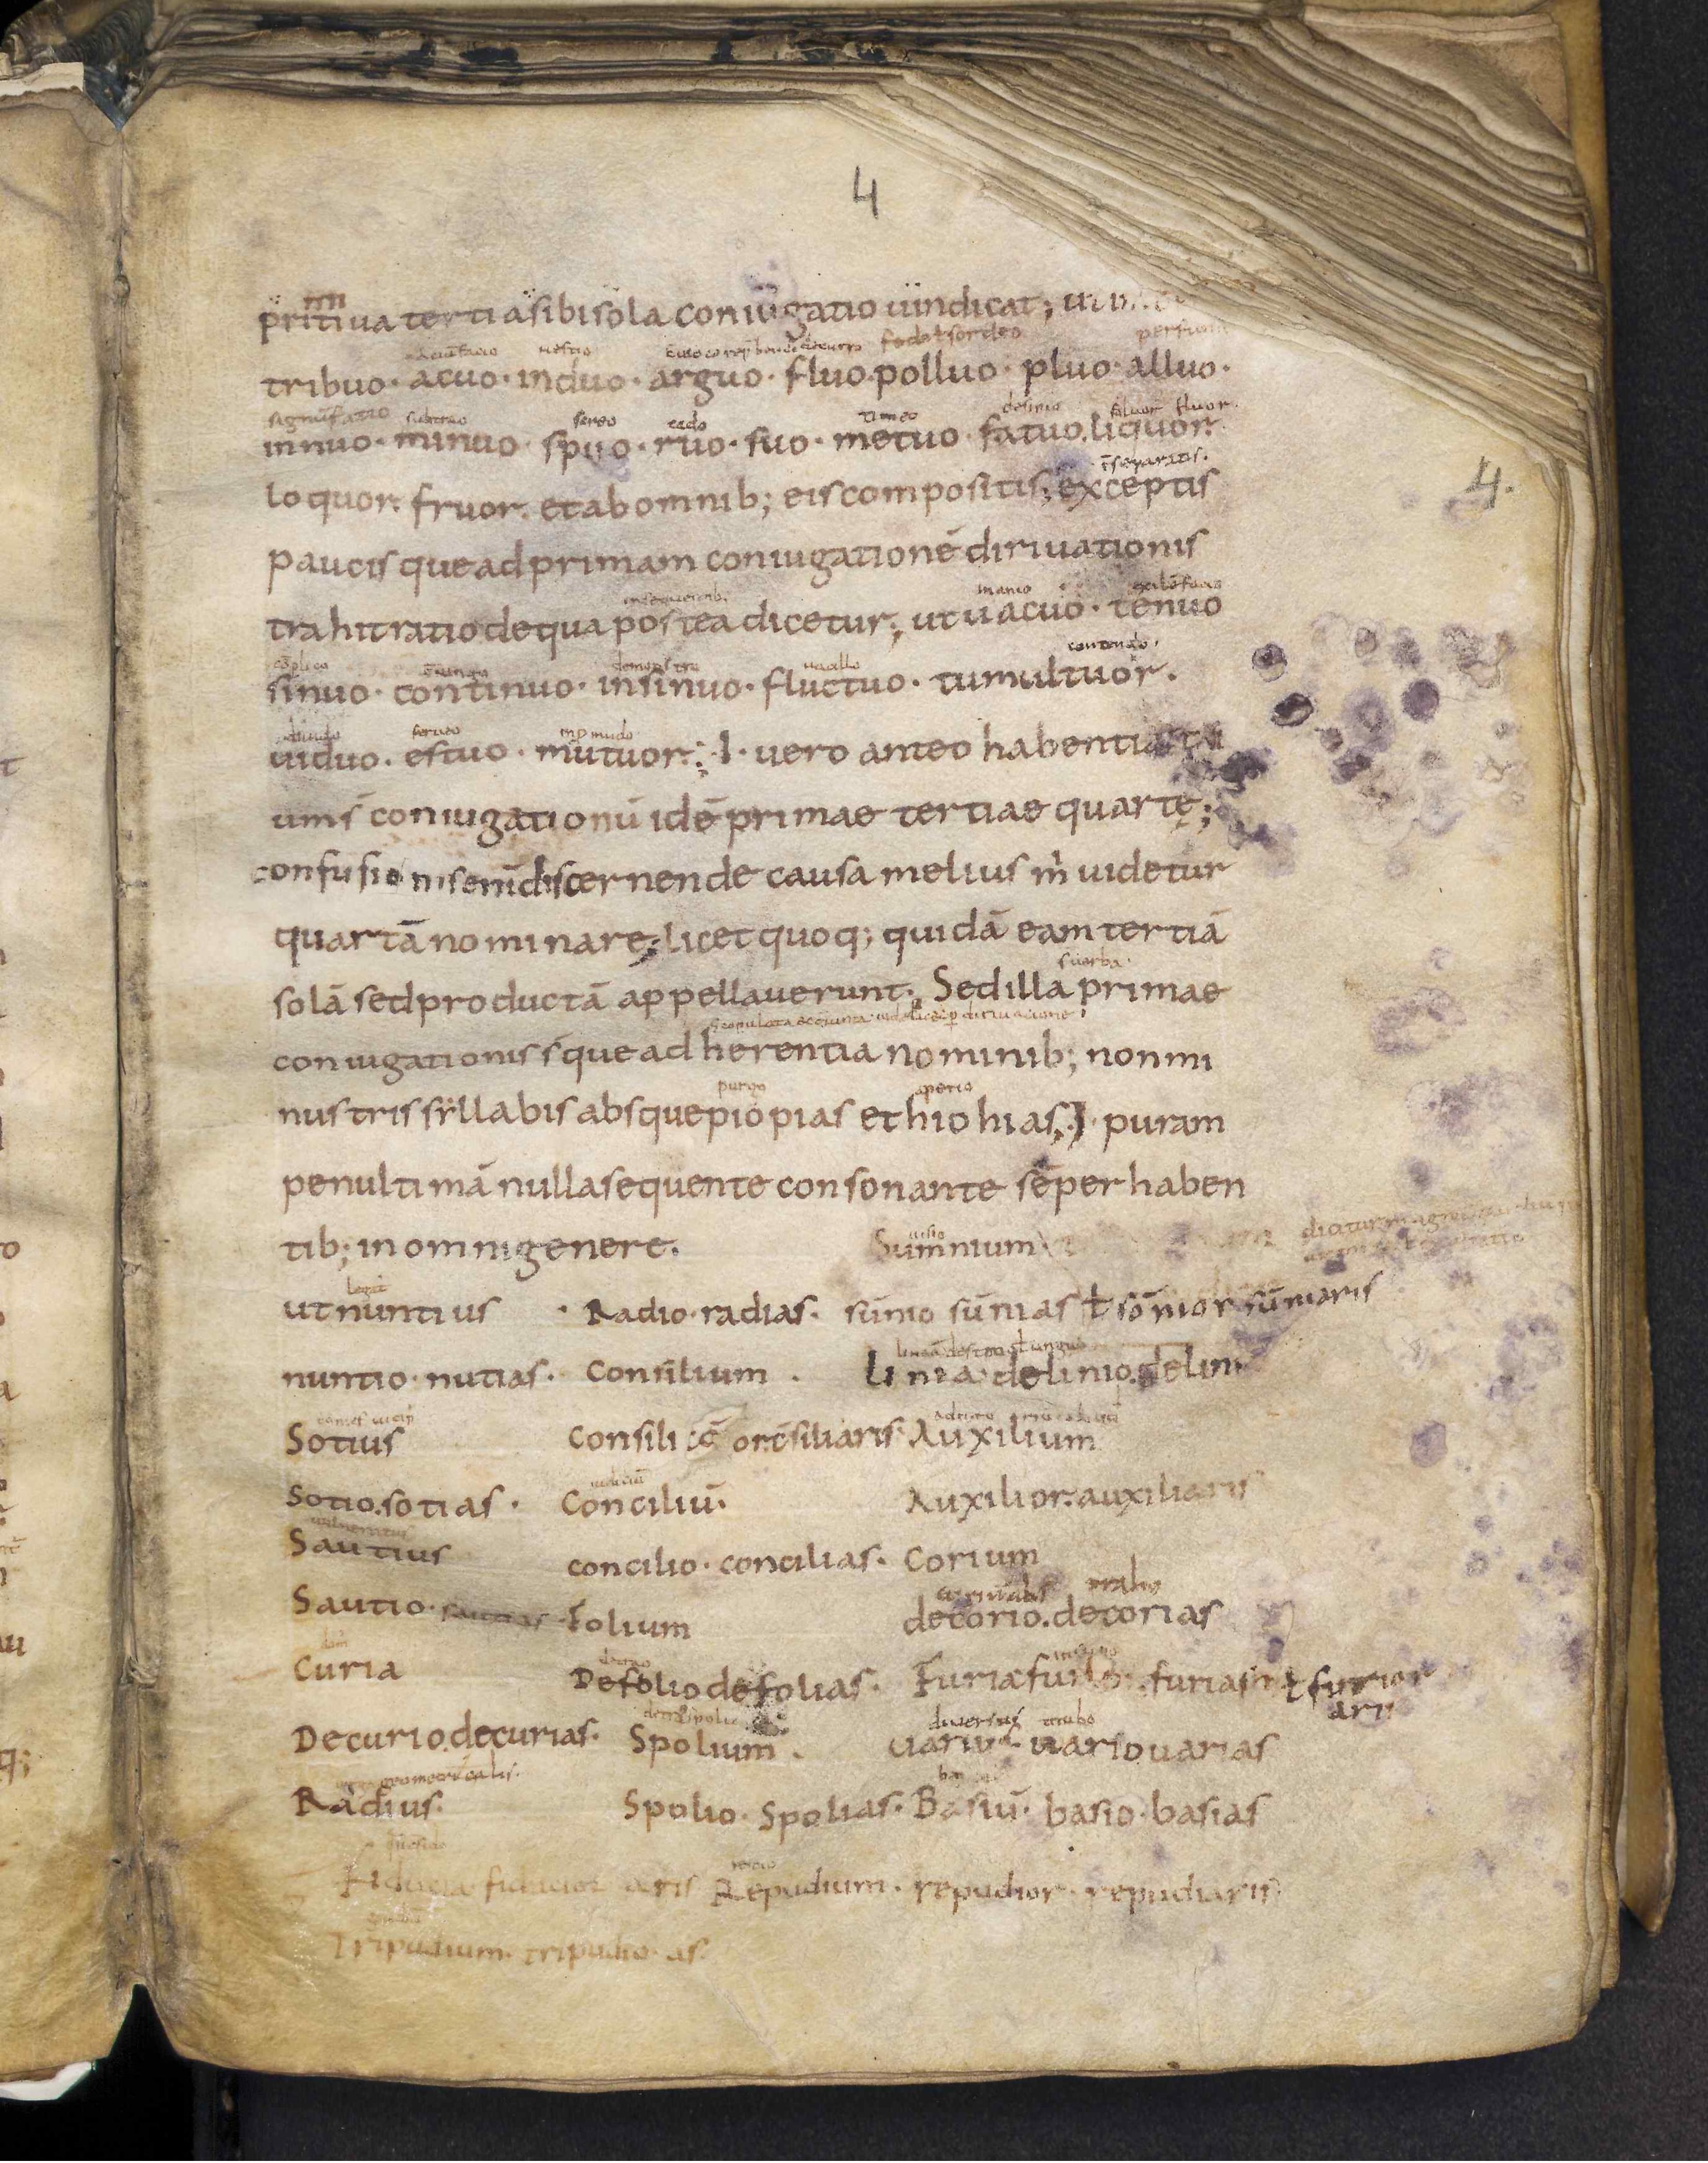
Shelfmark: Leiden, Bibliotheek der Rijksuniversiteit, Voss. Lat. O 41
Century: 9